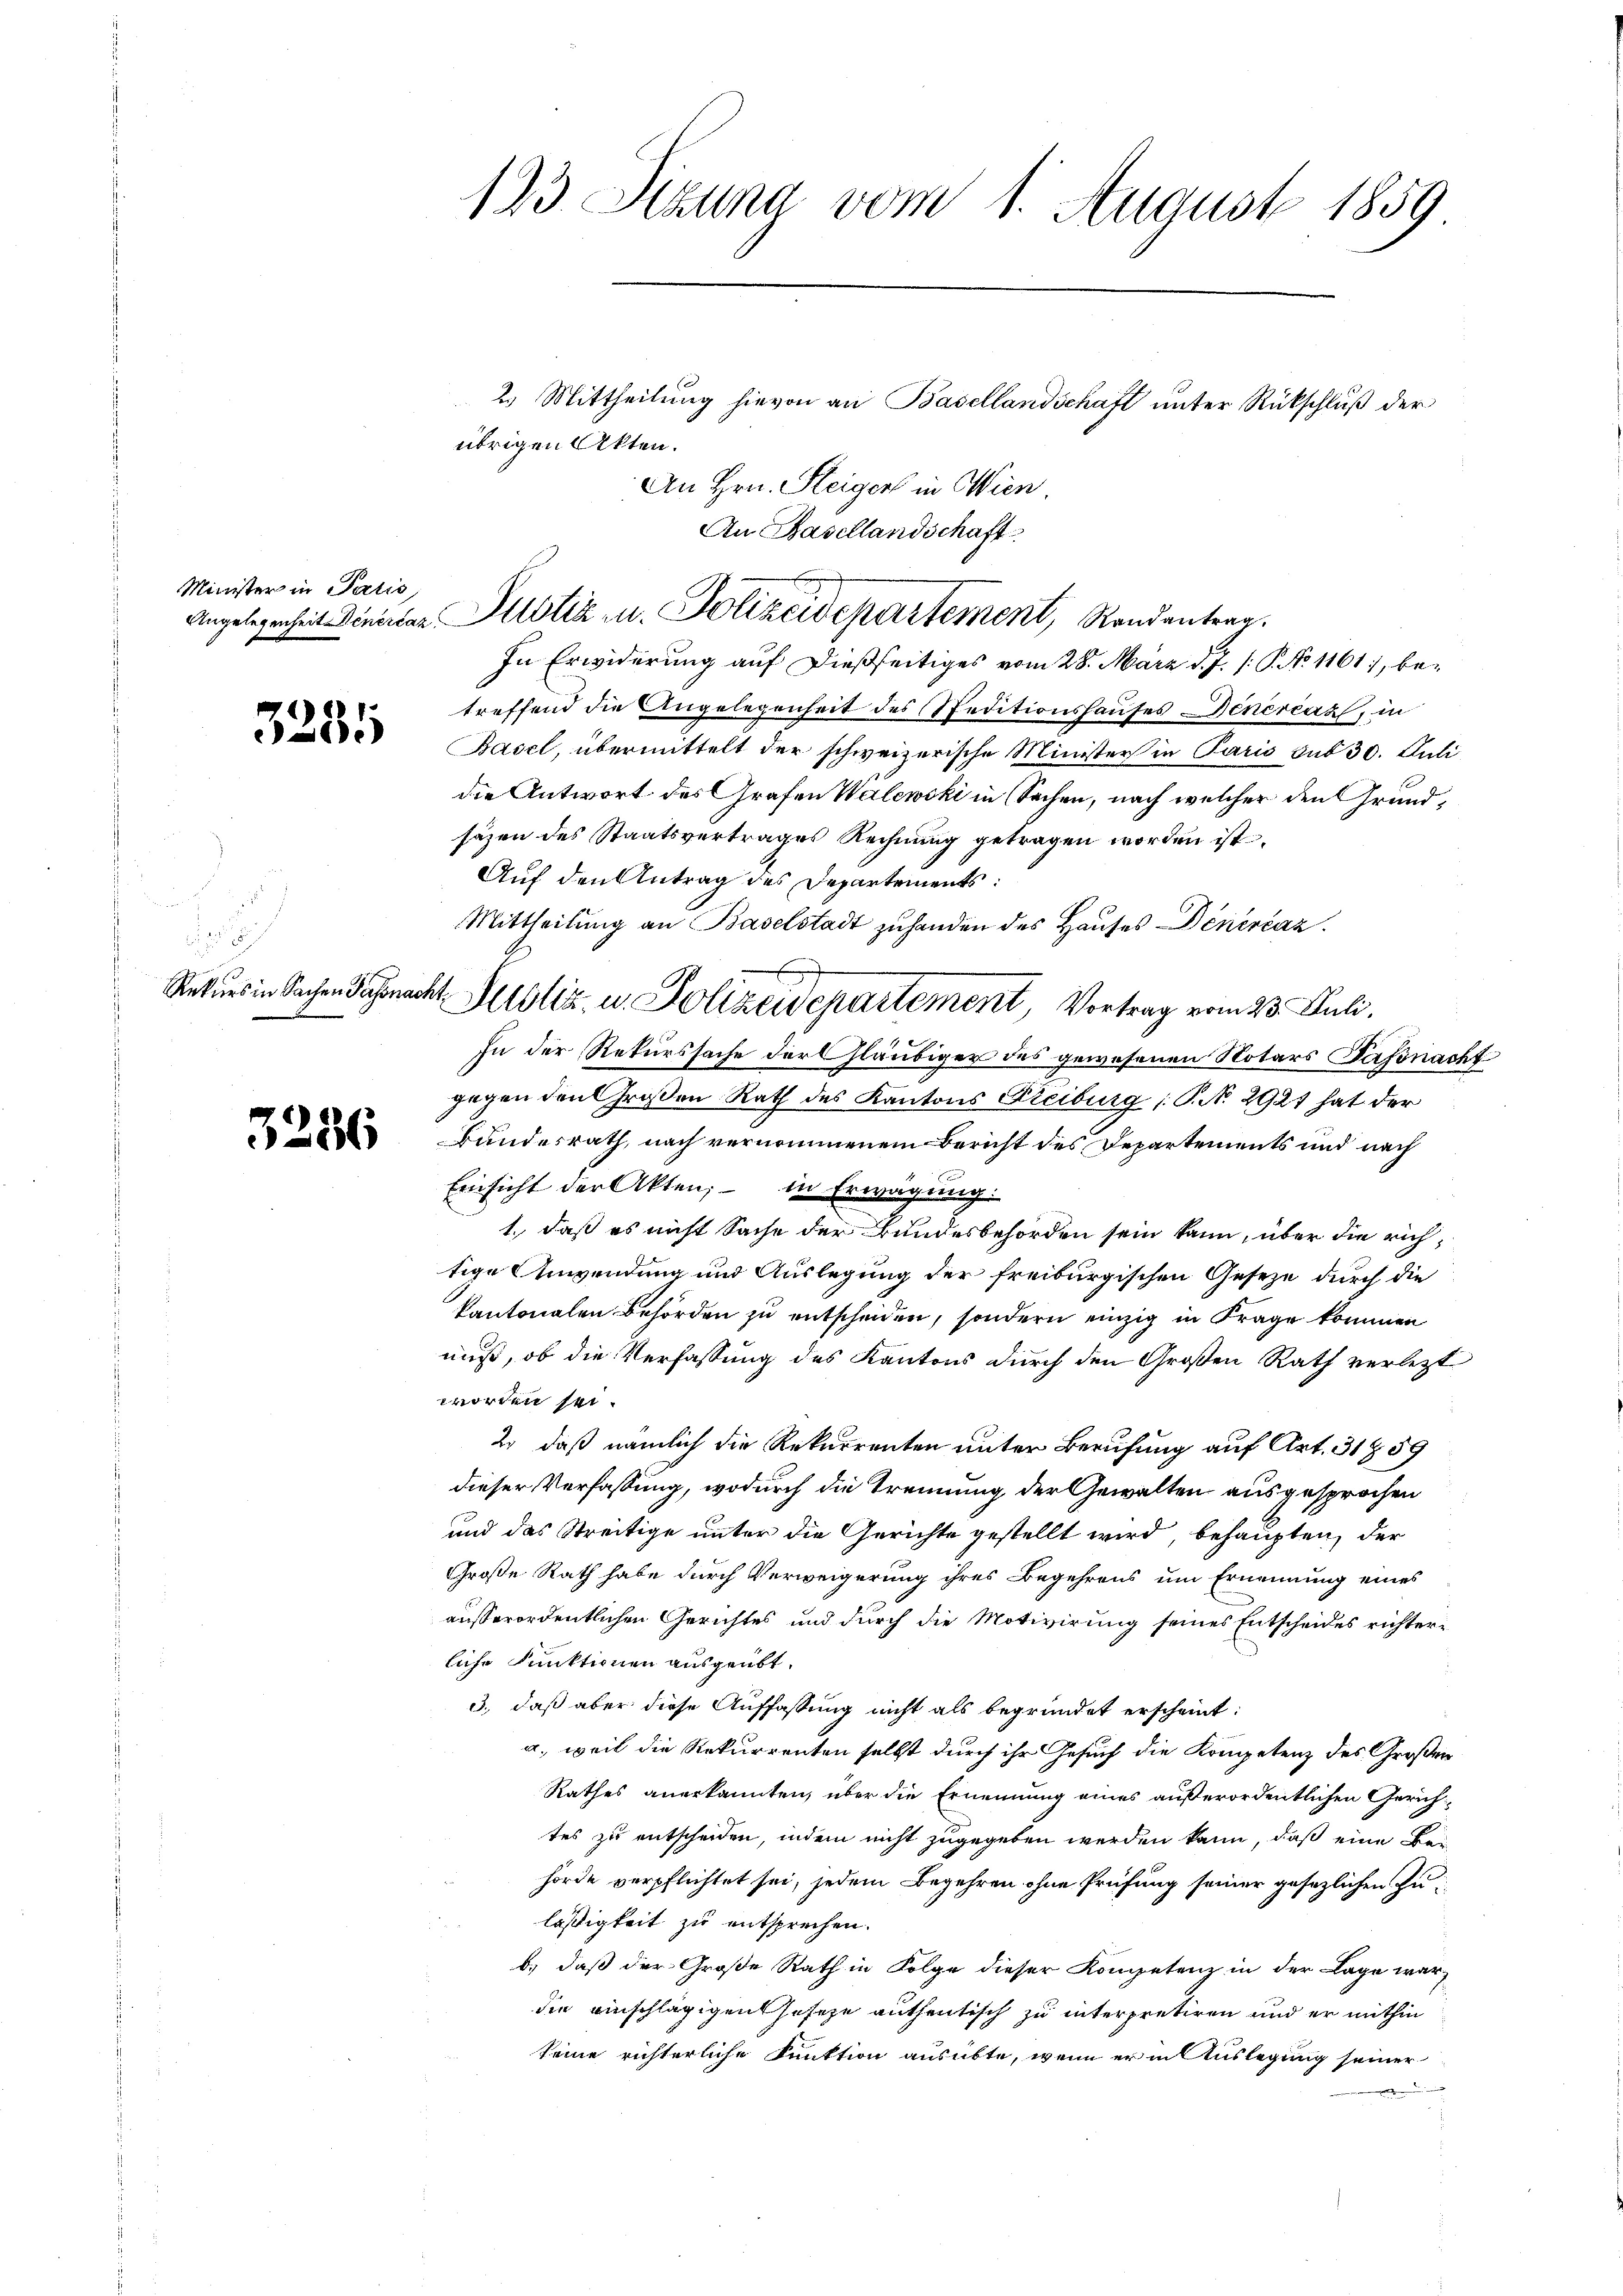
Minister in Paris

3281

1

3236

2.) Mittheilung hievon an Basellandschaft unter Rückschluß der
übrigen Akten.
An Hrn. Steiger in Wien
An Basellandschaft

123 Sizung vom 1. August 1859

Angelegenheit Director Altstiz u. Polizeidepartement, Randantrag.

In Erwiderung auf dießseitiges vom 28. März d. J. /: P. No 1161, betreffend die Angelegenheit des Speditionshauses Genercar, in
Basel, übermittelt der schweizerische Minister in Paris sub 30. Juli
die Antwort des Grafen Walewski in Sachen, nach welcher den Grundsäzen des Staatsvertrages Rechnung getragen worden ist
Auf den Antrag des Departements
Mittheilung an Baselstadt zuhanden des Hauses Dinerčaz.
Rekurs in Sachen Zahnacht Meistiz- u. Polizeidepartement, Vortrag vom 23. Juli.
In der Rekurssache der Gläubiger des gewesenen Notars Passnacht
gegen den Großen Rath des Kantons Freiburg (T. N. 2921 hat der
Bundesrath, nach vernommenem Bericht des Departements und nach
Einsicht der Akten, in Erwägung:
1., daß es nicht Sache der Bundesbehörden sein kann, über die richtige Anwendung und Auslegung der freiburgischen Geseze durch die
kantonalen Behörden zu entscheiden, sondern einzig in Frage kommen
nuß, ob die Verfassung des Kantons durch den Großen Rath verletzt
worden sei.
2. daß nämlich die Rekurrenten unter Berufung auf Art. 31859
dieser Verfassung, wodurch die Trennung der Gewalten ausgesprochen
und das Streitige unter die Gerichte gestellt wird, behaupten, der
Große Rath habe durch Verweigerung ihres Begehrens um Ernennung eines
ausserordentlichen Gerichtes und durch die Motivirung seines Entscheides richter-
liche Funktionen ausgeübt.
3., daß aber diese Auffassung nicht als begründet erscheint:
a. weil die Rekurrenten selbst durch ihr Gesuch die Kompetenz des Großen
Rathes anerkannten, über die Ernennung eines außerordentlichen Gerichtes zu entscheiden, indem nicht zugegeben werden kann, daß eine Bei
hörde verpflichtet sei, jedem Begehren ohne Prüfung seiner gesezlichen Zuläßigkeit zu entsprechen.
b.) daß der Große Rath in Folge dieser Kompetenz in der Lage war,
die einschlägigen Jeseze authentisch zu interpretiren und er mithin
seine richterliche Funktion ausübte, wenn er in Auslegung seiner